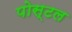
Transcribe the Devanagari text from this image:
पोस्‍टल